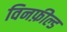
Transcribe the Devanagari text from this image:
विनफ़ील्ड